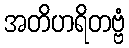
အတိဟရိတဗ္ဗံ